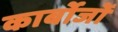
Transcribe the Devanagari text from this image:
कार्बोजों